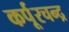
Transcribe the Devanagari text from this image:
कर्पूरचन्द्र